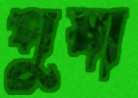
পুষা